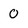
Character: 0